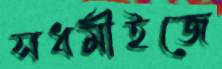
সধর্মীইজে